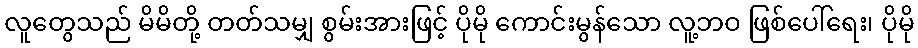
လူတွေသည် မိမိတို့ တတ်သမျှ စွမ်းအားဖြင့် ပိုမို ကောင်းမွန်သော လူ့ဘဝ ဖြစ်ပေါ်ရေး၊ ပိုမို